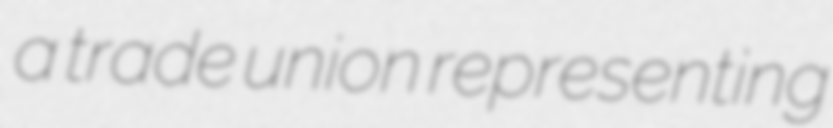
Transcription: a trade union representing